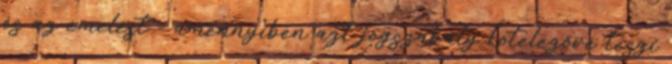
és az emelést - amennyiben azt jogszabály kötelezővé teszi